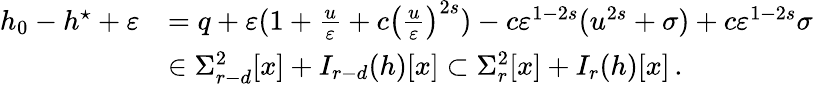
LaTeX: \begin{array}{rl}{h_{0}-h^{\star}+\varepsilon}&{=q+\varepsilon(1+\frac{u}{\varepsilon}+c\left(\frac{u}{\varepsilon}\right)^{2s})-c\varepsilon^{1-2s}(u^{2s}+\sigma)+c\varepsilon^{1-2s}\sigma}\\ &{\in\Sigma_{r-d}^{2}[x]+I_{r-d}(h)[x]\subset\Sigma_{r}^{2}[x]+I_{r}(h)[x]\, .}\end{array}